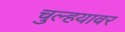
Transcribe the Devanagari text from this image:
चुल्हयावर